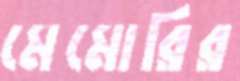
মেমোরির